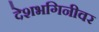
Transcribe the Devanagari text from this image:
देशभगिनीवर